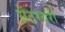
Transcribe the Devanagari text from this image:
सेंटरबरी